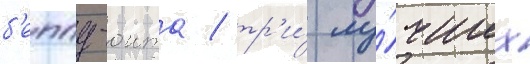
б'еппу-оита / тр'и́ лу́чших